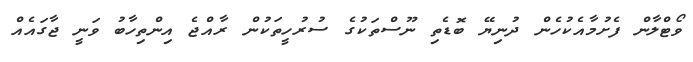
ވޯޓްލާން ފެށުމާއެކުހެން ދުނިޔޭ ބޮޑެތި ނޫސްތަކުގެ ސުރުހީތަކުން ރާއްޖެ އިންތިހާބު ވަނީ ޖާގައެއް